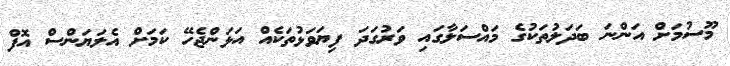
މޫސުމަށް އަންނަ ބަދަލުތަކުގެ މައްސަލާގައި ވަރުގަދަ ފިޔަވަޅުތަކެއް އަޅަންޖެހޭ ކަމަށް އެލަޔަންސް އޮފް